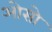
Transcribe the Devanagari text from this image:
ओसो